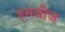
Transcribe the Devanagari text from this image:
हमवीज